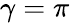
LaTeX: \gamma=\pi